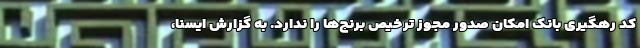
کد رهگیری بانک امکان صدور مجوز ترخیص برنج‌ها را ندارد. به گزارش ایسنا،